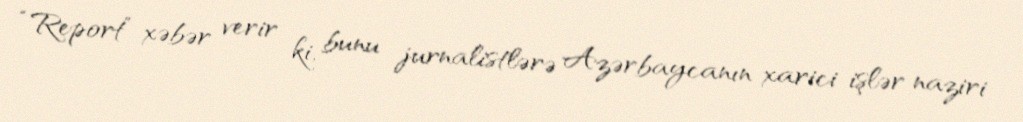
“Report” xəbər verir ki, bunu jurnalistlərə Azərbaycanın xarici işlər naziri